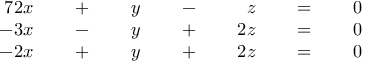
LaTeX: { \begin{array} { r l r l r l r l r l r l r } { { 7 } 2 x } & { { } } & { \; + \; } & { { } } & { y } & { { } } & { \; - \; } & { { } } & { z } & { { } } & { \; = \; } & { { } } & { 0 } \\ { - 3 x } & { { } } & { \; - \; } & { { } } & { y } & { { } } & { \; + \; } & { { } } & { 2 z } & { { } } & { \; = \; } & { { } } & { 0 } \\ { - 2 x } & { { } } & { \; + \; } & { { } } & { y } & { { } } & { \; + \; } & { { } } & { 2 z } & { { } } & { \; = \; } & { { } } & { 0 } \end{array} } \qquad